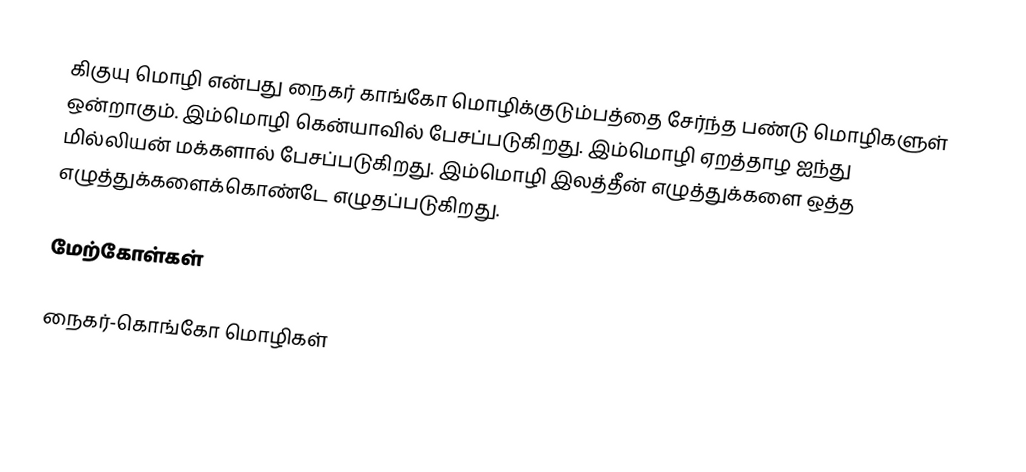
கிகுயு மொழி என்பது நைகர் காங்கோ மொழிக்குடும்பத்தை சேர்ந்த பண்டு மொழிகளுள் ஒன்றாகும். இம்மொழி கென்யாவில் பேசப்படுகிறது. இம்மொழி ஏறத்தாழ ஐந்து மில்லியன் மக்களால் பேசப்படுகிறது. இம்மொழி இலத்தீன் எழுத்துக்களை ஒத்த எழுத்துக்களைக்கொண்டே எழுதப்படுகிறது.

மேற்கோள்கள்

நைகர்-கொங்கோ மொழிகள்